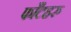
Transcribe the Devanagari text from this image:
फाँटहरु